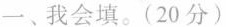
我会填。(20分)